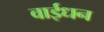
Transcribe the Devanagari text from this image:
वाईधन